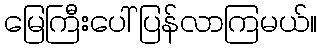
မြေကြီးပေါ် ပြန်လာကြမယ်။